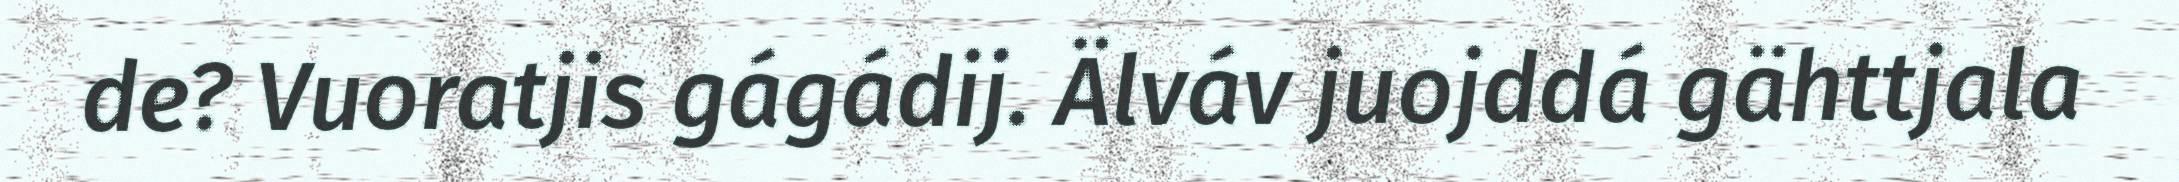
de? Vuoratjis gágádij. Älváv juojddá gähttjala